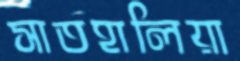
সাতহালিয়া